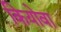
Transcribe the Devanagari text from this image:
कियोवा